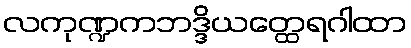
လကုဏ္ဍကဘဒ္ဒိယတ္ထေရဂါထာ